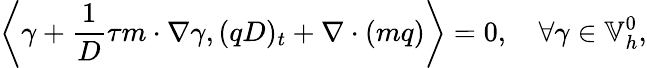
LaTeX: \left\langle\gamma+\frac{1}{D}\tau m\cdot\nabla\gamma,(qD)_{t}+\nabla\cdot(mq)\right\rangle=0,\quad\forall\gamma\in\mathbb{V}_{h}^{0},